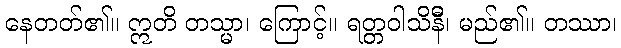
နေတတ်၏။ ဣတိ တသ္မာ၊ ကြောင့်။ ရတ္တဝါသိနီိ၊ မည်၏။ တဿာ၊